Indian journal of veterinary science and animal husbandry - Volume 5,
Year: 1935
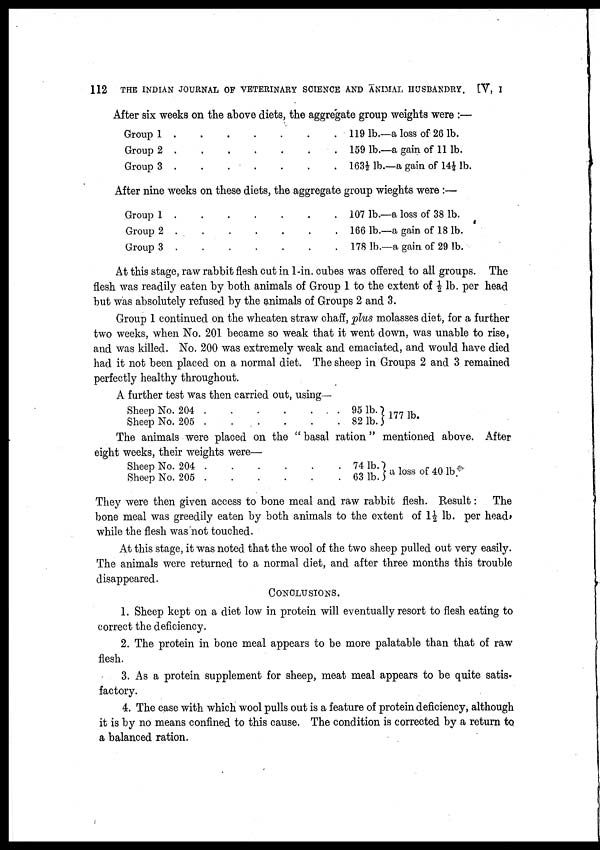
112
THE INDIAN JOURNAL OF VETERINARY SCIENCE AND ANIMAL HUSBANDRY. [V, I
After six weeks on the above diets, the aggregate group weights were :—
Group 1 . . . . . . .
Group 2 . . . . . . .
Group 3 . . . . . . .
119 lb.—a loss of 26 lb.
159 lb.—a gain of 11 lb.
163½ lb.—a gain of 14½ lb.
After nine weeks on these diets, the aggregate group wieghts were :—
Group 1 . . . . . . .
Group 2 . . . . . . .
Group 3 . . . . . . .
107 1b.—a loss of 38 lb.
1661b.—a gain of 18 lb.
178 1b.—a gain of 29 lb.
At this stage, raw rabbit flesh cut in 1-in. cubes was offered to all groups. The
flesh was readily eaten by both animals of Group 1 to the extent of ½ lb. per head
but was absolutely refused by the animals of Groups 2 and 3.
Group 1 continued on the wheaten straw chaff, plus molasses diet, for a further
two weeks, when No. 201 became so weak that it went down, was unable to rise,
and was killed. No. 200 was extremely weak and emaciated, and would have died
had it not been placed on a normal diet. The sheep in Groups 2 and 3 remained
perfectly healthy throughout.
A further test was then carried out, using—
Sheep No. 204 . . . . . . .
Sheep No. 205 . . . . . . .
95 lb.
82 lb.
177 lb.
The animals were placed on the " basal ration " mentioned above. After
eight weeks, their weights were—
Sheep No. 204 . . . . . . . .
Sheep No. 205 . . . . . . . .
74 lb.
63 lb.
a loss of 40 lb.
They were then given access to bone meal and raw rabbit flesh. Result: The
bone meal was greedily eaten by both animals to the extent of 1½ lb. per head,
while the flesh was not touched.
At this stage, it was noted that the wool of the two sheep pulled out very easily.
The animals were returned to a normal diet, and after three months this trouble
disappeared.
CONCLUSIONS.
1. Sheep kept on a diet low in protein will eventually resort to flesh eating to
correct the deficiency.
2. The protein in bone meal appears to be more palatable than that of raw
flesh.
3. As a protein supplement for sheep, meat meal appears to be quite satis-
factory.
4. The ease with which wool pulls out is a feature of protein deficiency, although
it is by no means confined to this cause. The condition is corrected by a return to
a balanced ration.